Report of the veterinary officer investigating camel disease
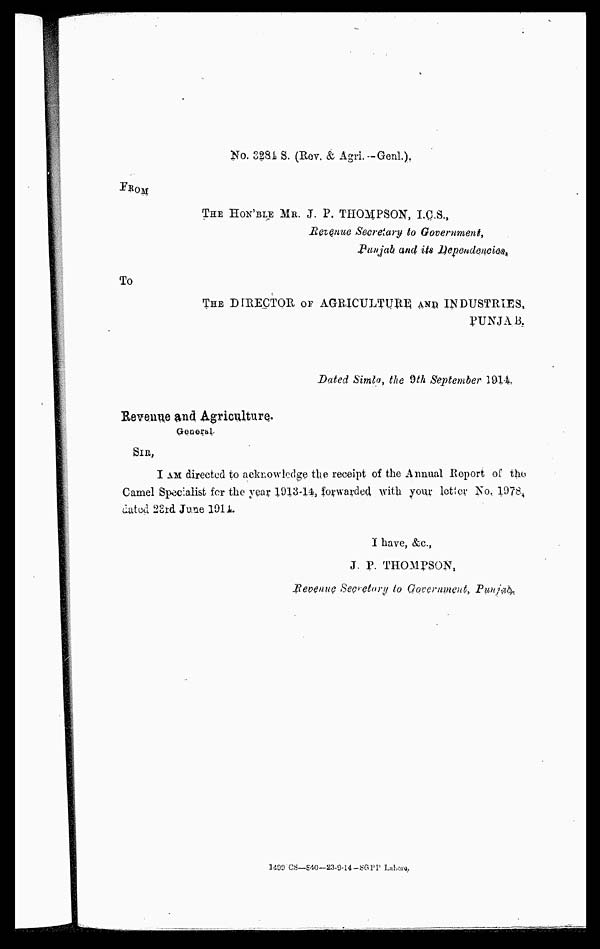
No. 3281 S. (Rov. & Agri.-Genl.).
THE HON'BLE MR. J. P. THOMPSON, I.C.S.,
Revenue Secretary to Government,
Punjab, and its Dependencics
To
THE DIRECTOR OF AGBICULTURE AND INDUSTRIES,
PUNJAB.
Dated Simla, the 9th September 1914
Revenue and Agriculture.
General
SIR,
I AM directed to acknowledge the receipt of the Annual Report of the
Camel Specialist for the year 1913-11, forwarded with your letter No. 1978.
dated 28rd June 1911.
I have, &c.,
J. P. THOMPSON,
Revenue Secretory to Government, Punjab,
1499 CS—CS-840-23-9-14-SGPP Lahore